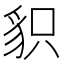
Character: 𧲻